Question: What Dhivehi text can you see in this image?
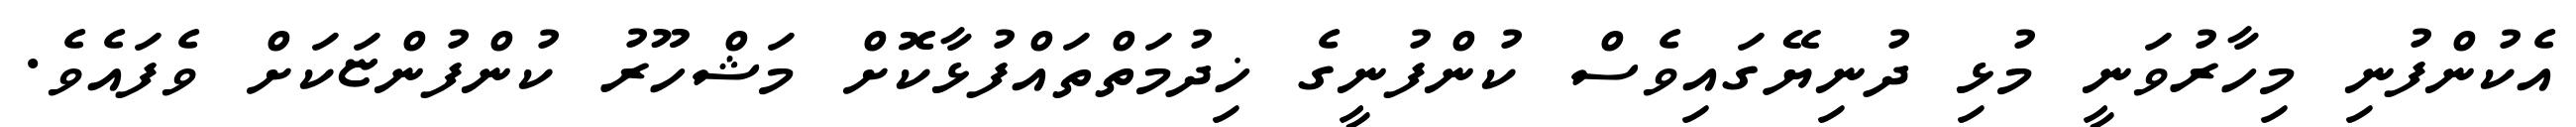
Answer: އެކުންފުނި މިހާރުވަނީ މުޅި ދުނިޔޭގައިވެސް ކުންފުނީގެ ޚިދުމަތްތައްފުޅާކޮށް މަޝްހޫރު ކުންފުންޏަކަށް ވެފައެވެ.